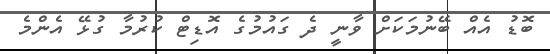
ބޮޑު އެއް ބޭނުމަކަށް ވާނީ ދެ ގައުމުގެ އޮޑިޓް ކުރުމާ ގުޅޭ އެންމެ